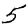
Digit: 5